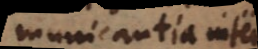
incommunicantia inter